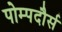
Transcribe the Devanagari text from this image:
पोम्पदौर्स